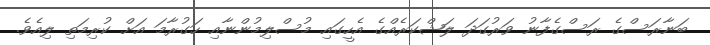
ބަނާރަސްގެ ރަސްގެފާނު ވަރުގަދަ ލަޝްކަރެއްގެ އެހީގައި މުސްލިމުންނާއި ހަގުރާމަ އަށް ކުރިމަތި ލިއެވެ.